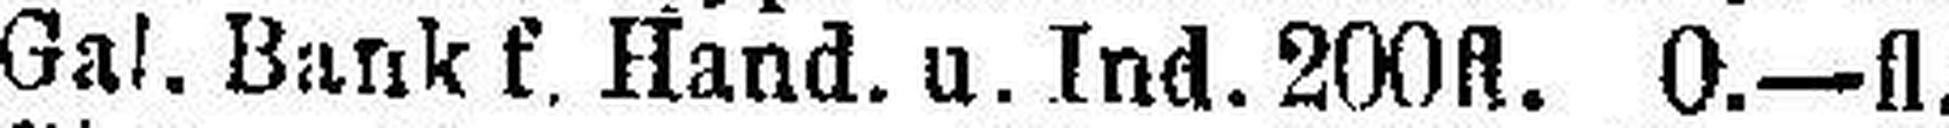
Gal. Bank f. Hand. u. Ind. 200fl. 0.—fl.